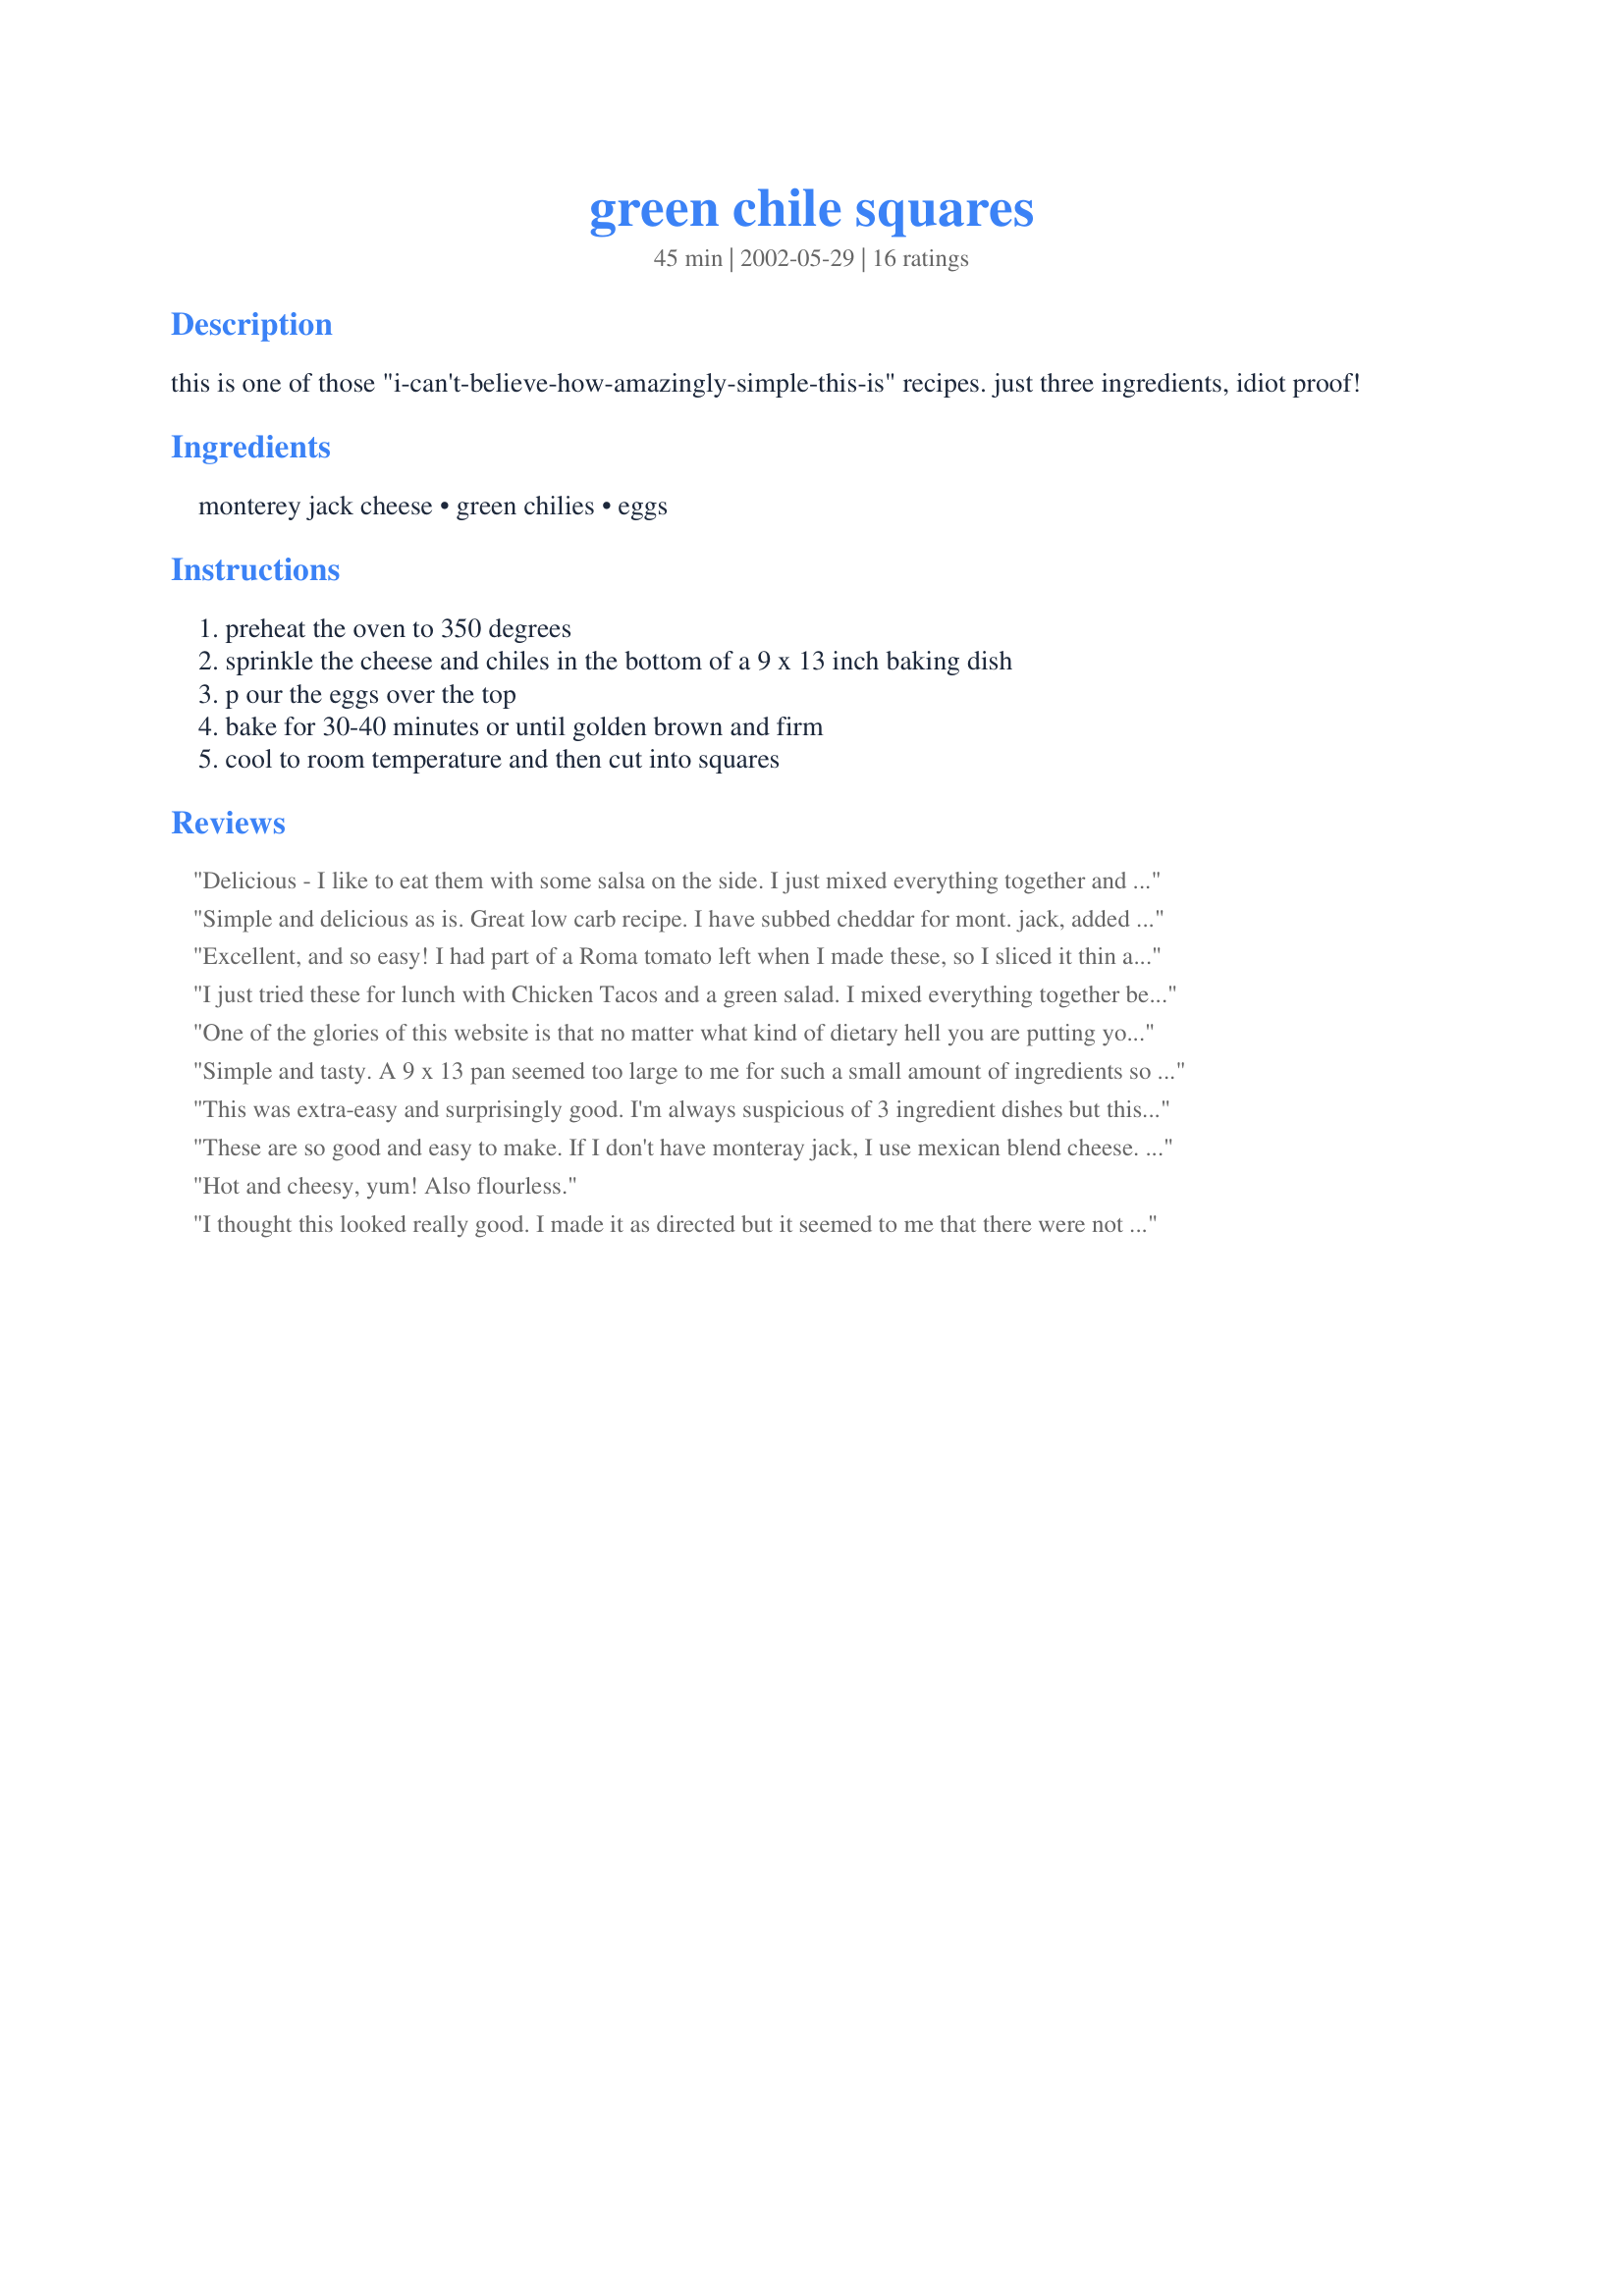
green chile squares
Preparation time: 45 minutes

this is one of those "i-can't-believe-how-amazingly-simple-this-is" recipes. just three ingredients, idiot proof!

Ingredients:
monterey jack cheese, green chilies, eggs

Steps:
preheat the oven to 350 degrees, sprinkle the cheese and chiles in the bottom of a 9 x 13 inch baking dish, p our the eggs over the top, bake for 30-40 minutes or until golden brown and firm, cool to room temperature and then cut into squares

Reviews:
Delicious - I like to eat them with some salsa on the side. I just mixed everything together and poured it in the dish and then sprinkled some Parmesan cheese and baked for 30 minutes. It only takes minutes to whip these little yummy snacks up! Thanks Mirj.
Simple and delicious as is. Great low carb recipe. I have subbed cheddar for mont. jack, added crumbled cooked hot sausage jalapenos and green onions to make it a very substantial start to the morning.
Excellent, and so easy! I had part of a Roma tomato left when I made these, so I sliced it thin and placed it on top of about half of the pan. I also sprinkled with a bit of paprika for some color. I cut & wrapped squares individually and put in the fridge, and DH has been grabbing them for a quick breakfast. Thanks!!
I just tried these for lunch with Chicken Tacos and a green salad. I mixed everything together before pouring into the Baking dish. Magnificent!I can't wait to try it with Jalapeno Jack cheese. Thanx!
One of the glories of this website is that no matter what kind of dietary hell you are putting yourself through, you can easily find recipes to help you through it. This is one that fits my Dr.Bernsteins diabetes no carb diet perfectly. Very delicious, not to mention portable and convenient too! I used dried chiles which I re-hydrated, only because I couldn't find the canned ones in my little local supermarket. Thanks, Mirj, ya done good!!
Simple and tasty. A 9 x 13 pan seemed too large to me for such a small amount of ingredients so I used a much smaller casserole dish and baked for 25 minutes. Had for breakfast with some salsa. Very yummy. Will definitely make again. :)
This was extra-easy and surprisingly good. I'm always suspicious of 3 ingredient dishes but this one was very flavorful and had great texture. As someone suggested I mixed the cheese and chilis, and I also sliced a tomato over part of it which was even better! When I make it again I'll try mixing in some hotter chilis because we like things spicy and also try layering some bell pepper slices or onion slices on top. It was great without any toppings though.
These are so good and easy to make. If I don't have monteray jack, I use mexican blend cheese. These set up well and are good to take to work for a snack.
Hot and cheesy, yum! Also flourless.
I thought this looked really good. I made it as directed but it seemed to me that there were not enough eggs. So, I used a total of 8. The resulting dish was tasty but it was only about a quarter of an inch thick and a bit too chewy. I took it to a pot-luck and wound up bring most of it home. I think I may try to make it again but use a whole dozen eggs.
What an easy and yummy recipe! I threw it all together and served it to hubby for breakfast. He's on Atkin's and this was a nice change from the usual cheese omelete. The green chilis are mild, which was good for breakfast.
I wanted a snack. This is the best snack one can ask for. I cut the recipe in half. Very easy to do. Wonderful flavor. Easy Easy to put together. With everything I had on hand. Thank You!! Hugs
Mirj,these were AWESOME! Tonight we had taco night and instead of the usual refried beans w/ cheese, I thought that I would give these a whirl. I'm so glad that I did! I used Fiesta blend cheese. Just 3 little ingredients...WOW. Thanks!
All of my guys loved this. I can't believe how easy this was to make and the amazing taste and texture. I think next time I will add some crumbled bacon or sausage to it. Thanks for posting this recipe.
These are tasty little beasties! I used a combination of Jack and Cheddar cheese. The only modification I will do is mix the cheese with the chilis and them put in the pan....too many of the tasty little guys stayed in the pan! This was a big hit at work and I woll do them again and again!
This was very easy to make, but the concept didn't really work for me - nothing wrong with the recipe, it's just that I would rather use the ingredients to make an omelette than have flat little omelette squares. Again, just personal taste. The flavors are great together.
